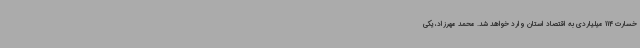
خسارت 114 میلیاردی به اقتصاد استان وارد خواهد شد. محمد مهرزاد، یکی